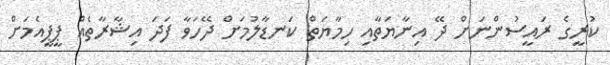
ކުރީގެ ރައީސުންނަށް ދޭ އިނާޔަތާއި ހިމާޔަތް ކަނޑާލުމަށް ދޭހަވާ ފަދަ އިޝާރާތެއް ޕީޕީއެމަށް